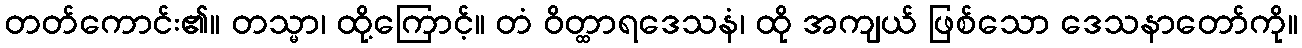
တတ်ကောင်း၏။ တသ္မာ၊ ထို့ကြောင့်။ တံ ဝိတ္ထာရဒေသနံ၊ ထို အကျယ် ဖြစ်သော ဒေသနာတော်ကို။